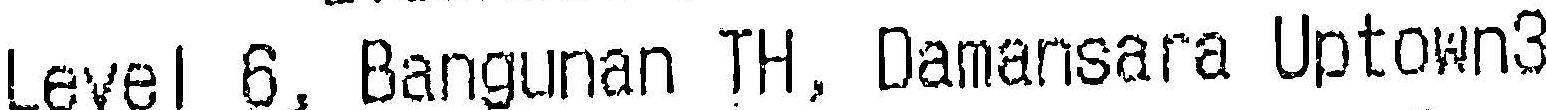
LEVEL 6, BANGUNAN TH, DAMANSARA UPTOWN3